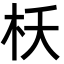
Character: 枖